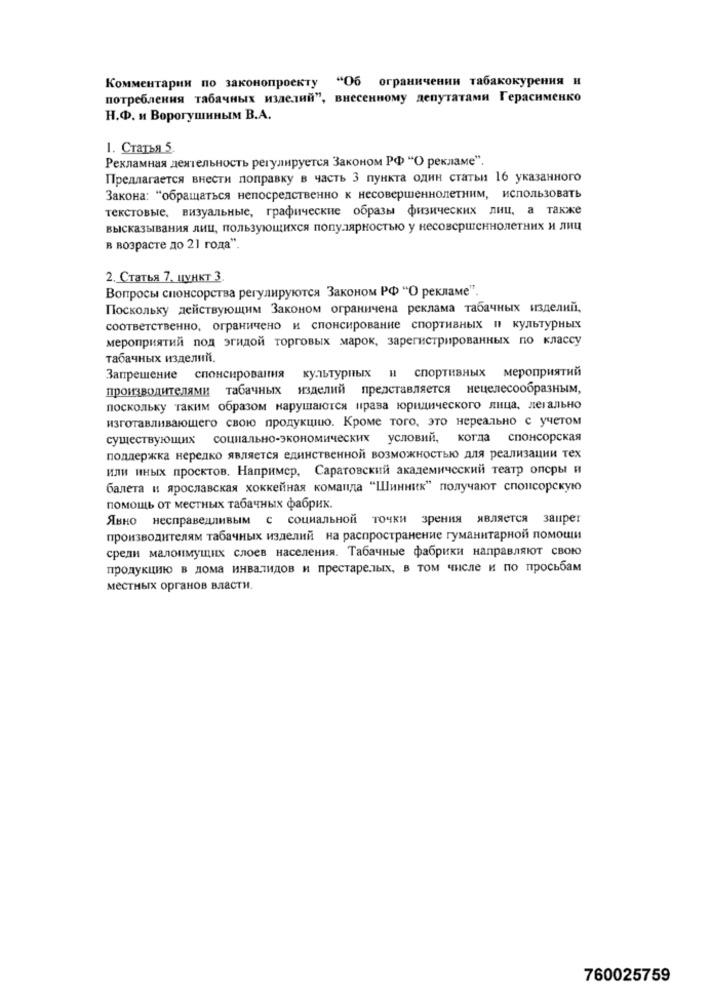
Комментарии по законопроекту "Об ограничении табакокурения и
потребления табачных изделий", внесенному депутатами Герасименко
Н.Ф. и Ворогушиным В.А.
1. Статья 5.
Рекламная деятельность регулируется Законом РФ "О рекламе".
Предлагается внести поправку в часть 3 пункта один статьи 16 указанного
Закона: "обращаться непосредственно к несовершеннолетним, использовать
текстовые, визуальные, графические образы физических лиц, а также
высказывания лиц, пользующихся популярностью у несовершеннолетних и лиц
в возрасте до 21 года"
2. Статья 7, пункт 3.
Вопросы спонсорства регулируются Законом РФ "О рекламе".
Поскольку действующим Законом ограничена реклама табачных изделий,
соответственно, ограничено и спонсирование спортивных и культурных
мероприятий под эгидой торговых марок, зарегистрированных по классу
табачных изделий.
культурных и спортивных мероприятий
Запрешение спонсирования
производителями табачных изделий представляется нецелесообразным,
поскольку таким образом нарушаются права юридического лица, легально
изготавливающего свою продукцию. Кроме того, это нереально с учетом
существующих социально-экономических условий, когда спонсорская
поддержка нередко является единственной возможностью для реализации тех
или иных просктов. Например, Саратовский академический театр оперы и
балета и ярославская хоккейная команда "Шинник" получают спонсорскую
помощь от местных табачных фабрик.
Явно несправедливым с социальной точки зрения является запрет
производителям табачных изделий на распространение гуманитарной помощи
среди малоимущих слоев населения. Табачные фабрики направляют свою
продукцию в дома инвалидов и престарелых, в том числе и по просьбам
местных органов власти.
760025759